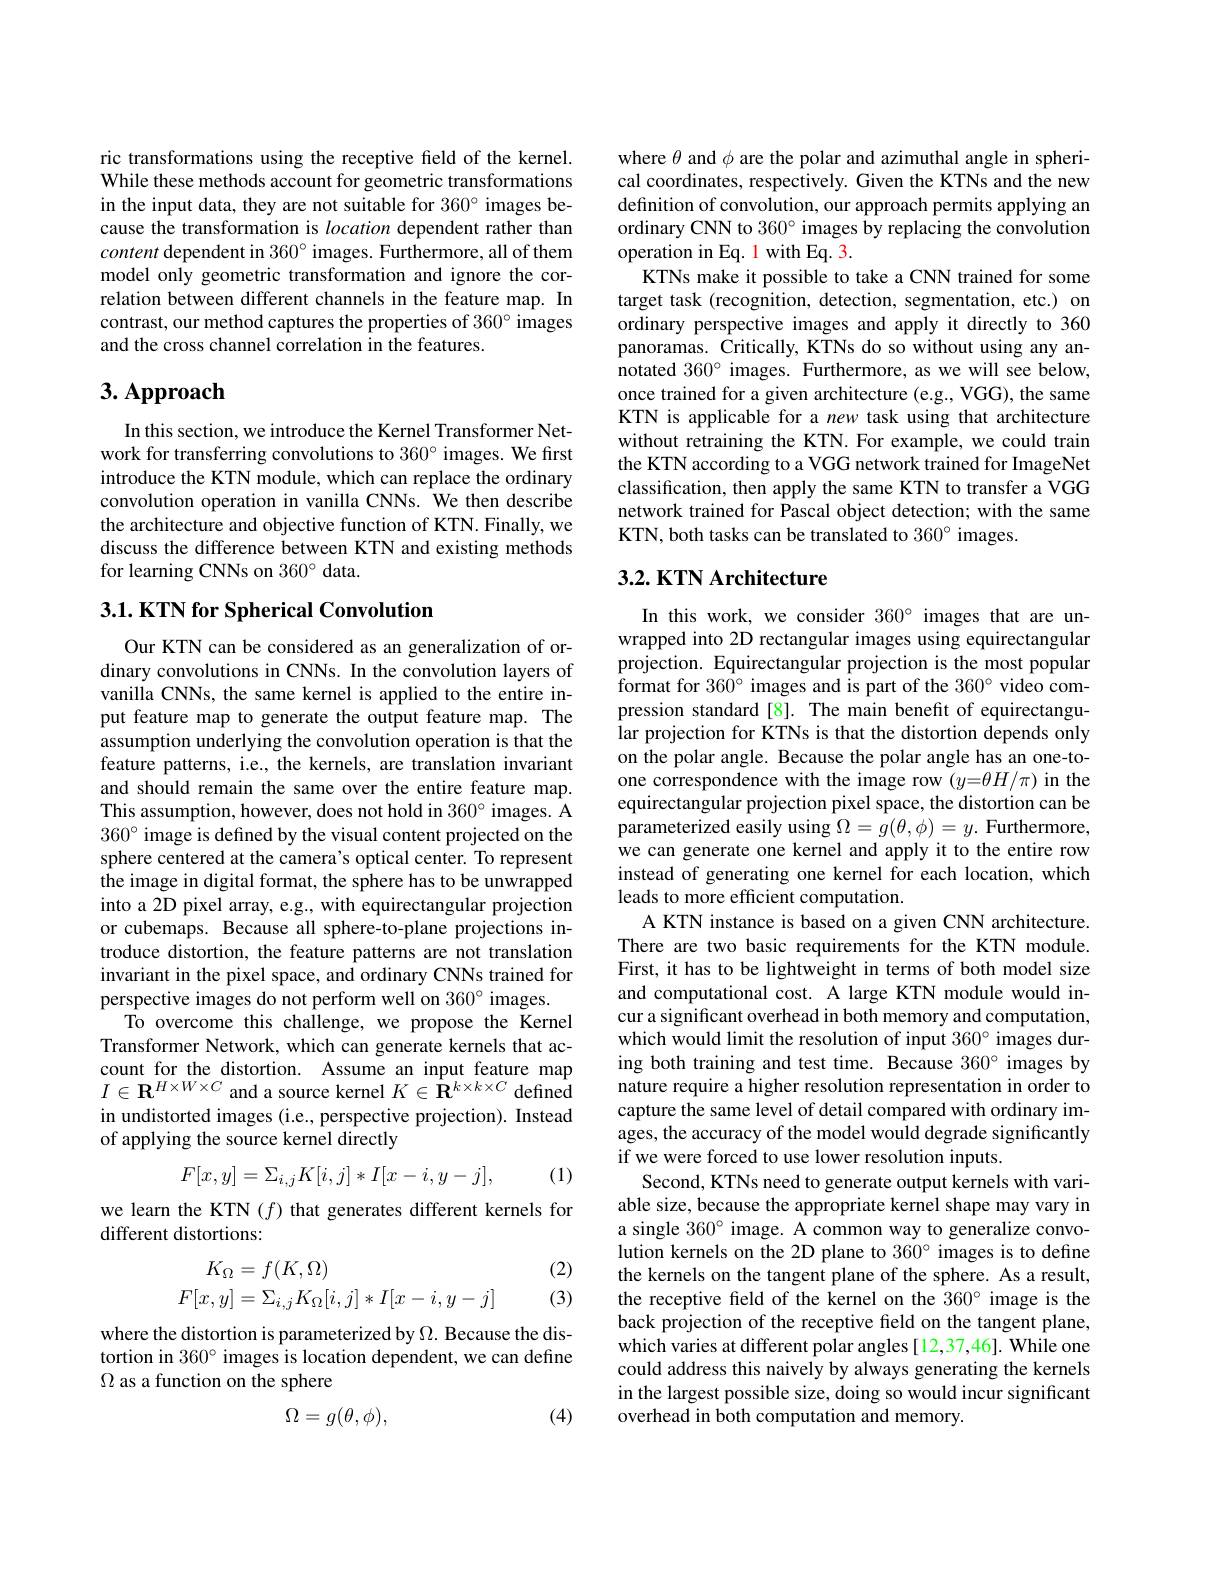
ric transformations using the receptive field of the kernel. While these methods account for geometric transformations in the input data, they are not suitable for 360° images because the transformation is location dependent rather than content dependent in 360° images. Furthermore, all of them model only geometric transformation and ignore the correlation between different channels in the feature map. In contrast, our method captures the properties of 360° images and the cross channel correlation in the features.

# 3. Approach

In this section, we introduce the Kernel Transformer Network for transferring convolutions to $360^{\circ}$ images. We first introduce the KTN module, which can replace the ordinary convolution operation in vanilla CNNs. $\hat{\text{We then describe}}$ the architecture and objective function of KTN. Finally, we discuss the difference between KTN and existing methods for learning CNNs on 360° data.

## $3. 1. \textbf{KTN for Spherical Convolution}$

Our KTN can be considered as an generalization of ordinary convolutions in CNNs. In the convolution layers of vanilla CNNs, the same kernel is applied to the entire input feature map to generate the output feature map. The assumption underlying the convolution operation is that the feature patterns, i.e., the kernels, are translation invariant and should remain the same over the entire feature map. This assumption, however, does not hold in $360^\circ$ images. A $360^{\circ}$ image is defined by the visual content projected on the sphere centered at the camera's optical center. To represent the image in digital format, the sphere has to be unwrapped into a 2D pixel array, e.g., with equirectangular projection or cubemaps. Because all sphere-to-plane projections introduce distortion, the feature patterns are not translation invariant in the pixel space, and ordinary CNNs trained for perspective images do not perform well on 360° images.
To overcome this challenge, we propose the Kernel Transformer Network, which can generate kernels that account for the distortion. Assume an input feature map $I\in\mathbf{R}^{H\times W\times C}$ and a source kernel $K\in\mathbf{R}^k\times k\times C$ defined in undistorted images (i.e., perspective projection). Instead of applying the source kernel directly
$$F[x,y]=\Sigma_{i,j}K[i,j]*I[x-i,y-j],$$
(1)

we learn the KTN $(f)$ that generates different kernels for
different distortions:
$$\begin{aligned}K_\Omega&=f(K,\Omega)\\F[x,y]&=\Sigma_{i,j}K_\Omega[i,j]*I[x-i,y-j]\end{aligned}$$
(2) (3)

where the distortion is parameterized by $\Omega.$ Because the distortion in $360^\circ$ images is location dependent, we can define $\Omega$ as a function on the sphere

(4)
$$\Omega=g(\theta,\phi),$$
where $\theta$ and $\phi$ are the polar and azimuthal angle in spherical coordinates, respectively. Given the KTNs and the new definition of convolution, our approach permits applying an ordinary CNN to $360^{\circ}$ images by replacing the convolution operation in Eq. 1 with Eq. 3.
KTNs make it possible to take a CNN trained for some target task (recognition, detection, segmentation, etc.) on ordinary perspective images and apply it directly to 360 panoramas. Critically, KTNs do so without using any annotated $360^\circ$ images. Furthermore, as we will see below, once trained for a given architecture (e.g., VGG), the same KTN is applicable for a new task using that architecture without retraining the KTN. For example, we could train the KTN according to a VGG network trained for ImageNet classification, then apply the same KTN to transfer a VGG network trained for Pascal object detection; with the same KTN, both tasks can be translated to 360° images.

## 3.2. KTN Architecture

In this work, we consider $360^{\circ}$ images that are unwrapped into 2D rectangular images using equirectangular projection. Equirectangular projection is the most popular format for $360^\circ$ images and is part of the 360° video compression standard[8]. The main benefit of equirectangular projection for KTNs is that the distortion depends only on the polar angle. Because the polar angle has an one-toone correspondence with the image row $(y=\theta H/\pi)$ in the equirectangular projection pixel space, the distortion can be parameterized easily using $\Omega=g(\theta,\phi)=y.$ Furthermore, we can generate one kernel and apply it to the entire row instead of generating one kernel for each location, which leads to more efficient computation.
A KTN instance is based on a given CNN architecture. There are two basic requirements for the KTN module. First, it has to be lightweight in terms of both model size and computational cost. A large KTN module would incur a significant overhead in both memory and computation, which would limit the resolution of input $360^{\circ}$ images during both training and test time. Because 360° images by nature require a higher resolution representation in order to capture the same level of detail compared with ordinary images, the accuracy of the model would degrade significantly if we were forced to use lower resolution inputs.
Second, KTNs need to generate output kernels with variable size, because the appropriate kernel shape may vary in a single 360° image. A common way to generalize convolution kernels on the 2D plane to 360° images is to define the kernels on the tangent plane of the sphere. As a result, the receptive feld of the kernel on the $360^{\circ}$ image is the back projection of the receptive field on the tangent plane, which varies at different polar angles[12,37,46]. While one could address this naively by always generating the kernels in the largest possible size, doing so would incur significant overhead in both computation and memory.